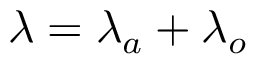
\lambda = \lambda _ { a } + \lambda _ { o }